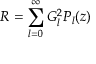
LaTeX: R = \sum _ { l = 0 } ^ { \infty } G _ { l } ^ { 2 } P _ { l } ( z )